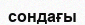
сондағы